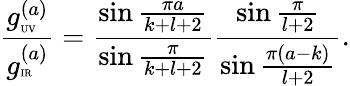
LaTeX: {\frac{g_{\tiny\mathrm{UV}}^{(a)}}{g_{\tiny\mathrm{IR}}^{(a)}}}={\frac{\sin{\frac{\pi a}{k+l+2}}}{\sin{\frac{\pi}{k+l+2}}}}{\frac{\sin{\frac{\pi}{l+2}}}{\sin{\frac{\pi(a-k)}{l+2}}}}.